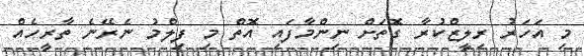
މި އަހަރު ރިލީޒްކުރާ ގޮތަށް ނިންމާފައި އޮތް މި ފިލްމު ނެރޭނެ ތާރީހެއް